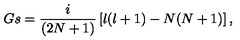
G s = { \frac { i } { ( 2 N + 1 ) } } \left[ l ( l + 1 ) - N ( N + 1 ) \right] ,